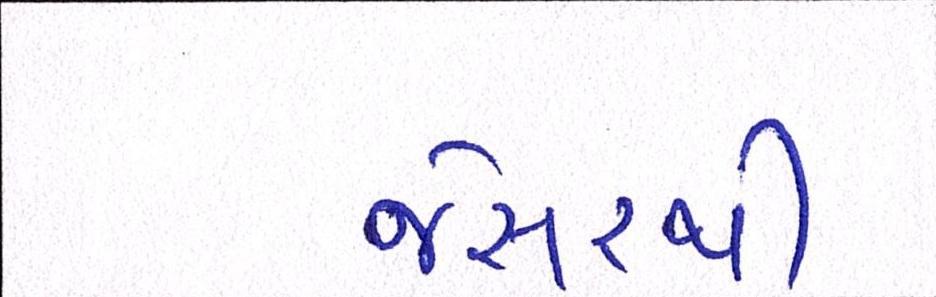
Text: જેસરથી